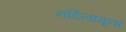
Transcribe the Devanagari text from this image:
नॉर्दलागूना